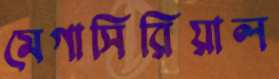
মেগাসিরিয়াল